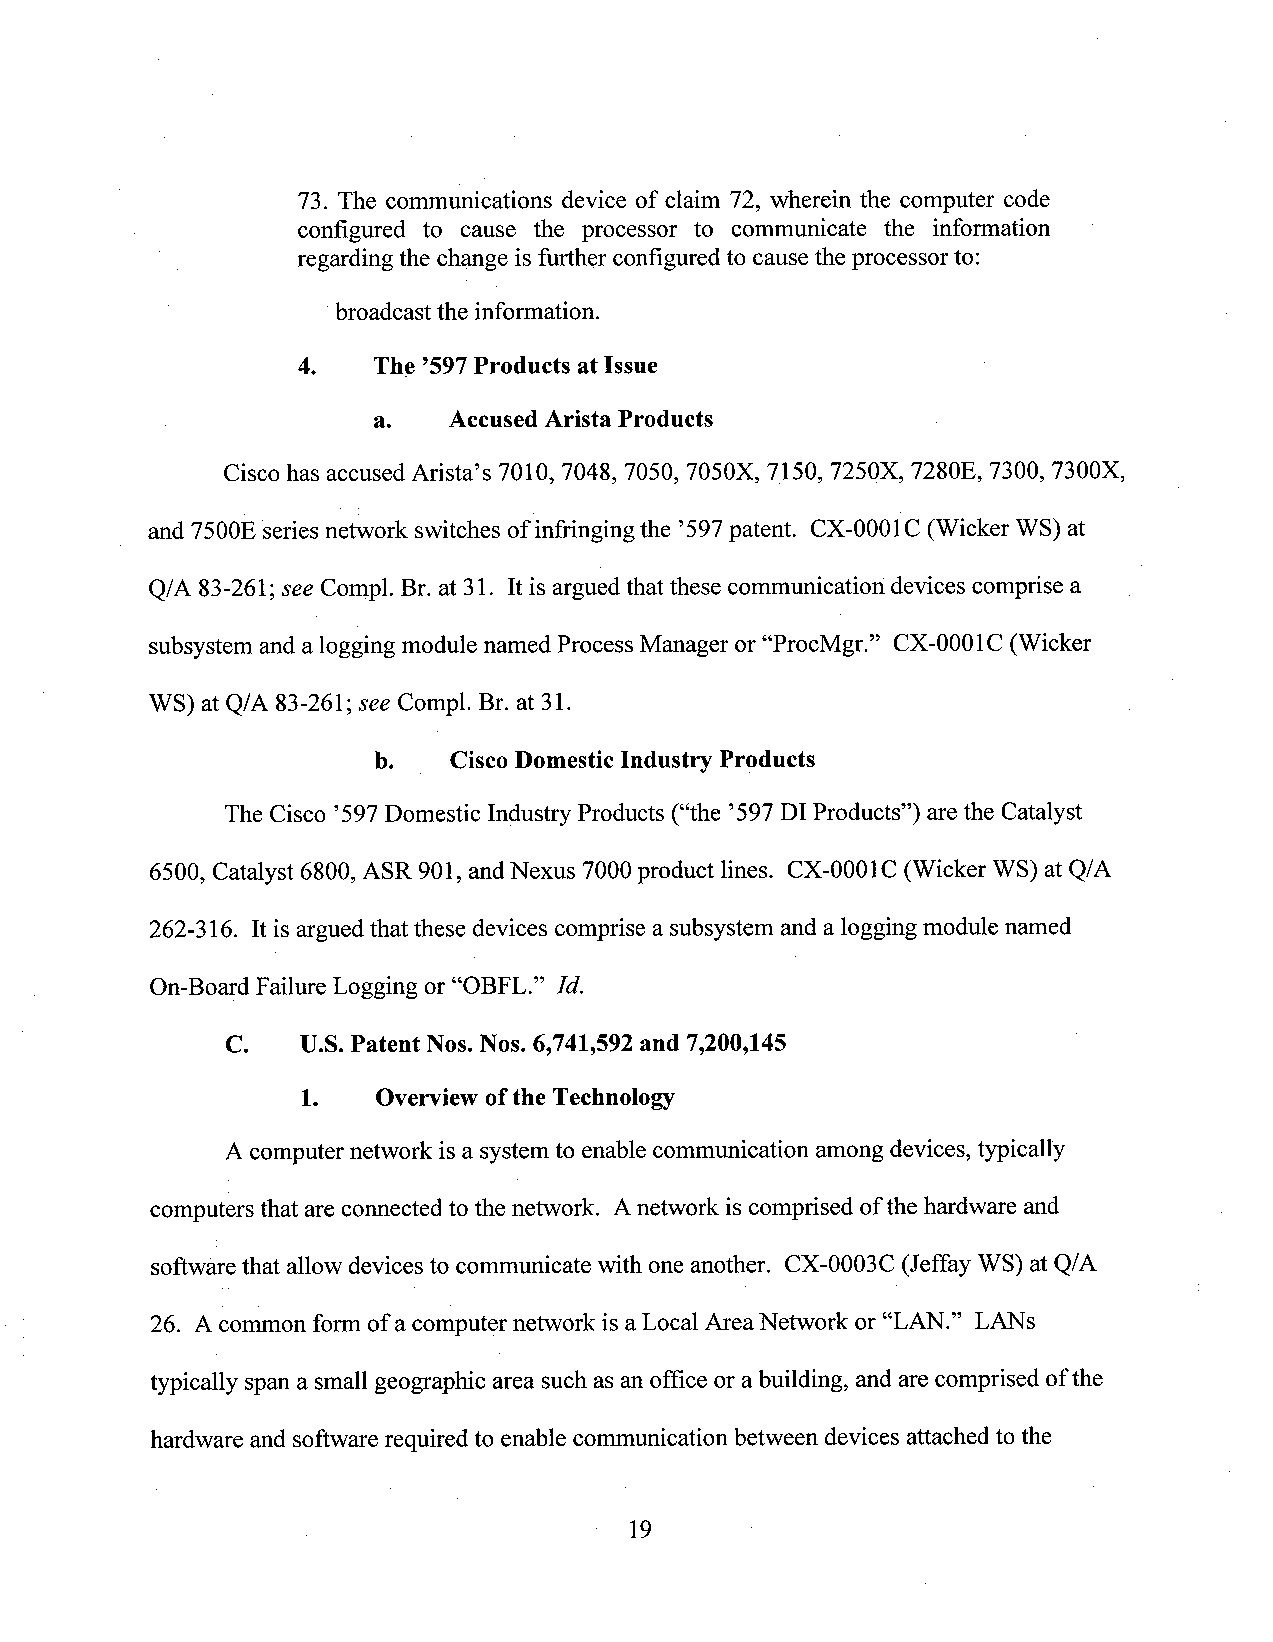
73. The communications device of claim 72, wherein the computer code
 configured to "cause the processor to communicate the information "
 regarding the change is further configured to cause the processor to:
 broadcastthe information.
 4.   The ’597Products at Issue
 a.   AccusedArista Products
 Cisco has accused Arista’s 7010, 7048, 7050, 7050X, 7150, 7250X, 7280E, 7300, 7300X
 and 7500E seriesnetwork switches of infringing the ’597patent. CX-0001C (Wicker WS) at
 Q/A 83-261;see Compl. Br. at 31. It is argued that these communication devices comprise a
 subsystem and a logging module named Process Manager or “ProcMgr.” CX-0001C (Wicker
 WS) at Q/A 83-261; see Compl. Br. at 31.
 b.   CiscoDomesticIndustry_Products
 The Cisco ’597Domestic Industry Products (“the ’597 DI Products”) are the Catalyst
 6500, Catalyst 6800, ASR 901, andNexus 7000 product lines. CX-0001C (Wicker WS)at Q/A
 262-316. Itis argued that these devices comprise a subsystem and alogging module named
 On-Board Failure Logging or “OBFL.” Id.
 C.   U.S. Patent Nos. Nos. 6,741,592 and 7,200,145
 1.   Overview ofthe Technology
 A computer network isa system to enable communication among devices, typically
 computersthat are connected to the network. A network is comprised ofthe hardware and
 software that allow devices to communicate with one another. CX-0003C (Jeffay WS) at Q/A
 26. A commonfonn ofa computer network is a Local AreaNetwork or “LAN.” LANs
 typically span a small geographic area such as an office or abuilding, and arecomprised ofthe
 hardware and software required to enable communication between devices attached to the
 19